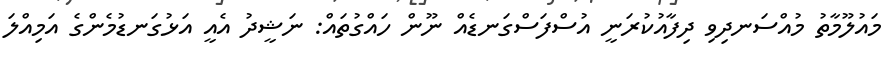
މައުލޫމާތު މުއްސަނދިވި ދިފާއުކުރަނީ އުސްފަސްގަނޑެއް ނޫން ހައްގުތައް: ނަޝީދު އެއީ އަޅުގަނޑުމެންގެ އަމިއްލަ